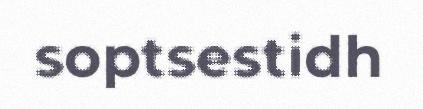
soptsestidh